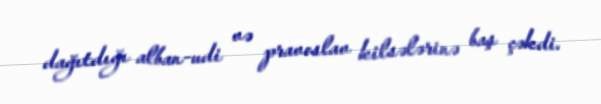
dağıtdığı alban-udi və pravoslav kilsələrinə baş çəkdi.